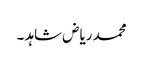
محمد ریاض شاہد ۔